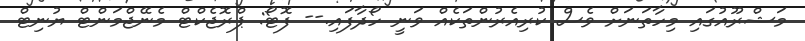
މަޝްރޫއުގައި މިހާތަނަށް ވެސް ކުރިއެރުންތަކެއް ވަނީ ހޯދާފައި.-- ފޮޓޯ: ޕްރޮޖެކްޓް މެނޭޖްމަންޓް ޔުނިޓް